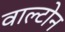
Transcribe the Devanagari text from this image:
वाल्टोन